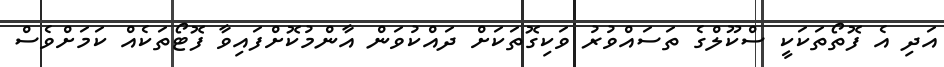
އަދި އެ ފޮތޯތަކަކީ ސްކޫލްގެ ތަސައްވުރު ވަކިގޮތަކަށް ދައްކުވަން އާންމުކޮށްފައިވާ ފޮޓޯތަކެއް ކަމަށްވެސް